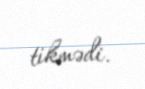
tikmədi.